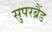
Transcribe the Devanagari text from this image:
सुपरब्रैंड